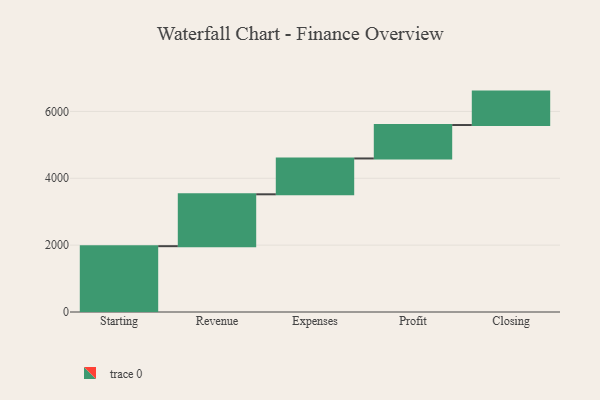
{"axis": {"x": "Step", "y": "Value"}, "legend": [""], "data": [{"x": "Starting", "y": 1969.0, "type": ""}, {"x": "Revenue", "y": 1552.0, "type": ""}, {"x": "Expenses", "y": 1072.0, "type": ""}, {"x": "Profit", "y": 1000, "type": ""}, {"x": "Closing", "y": 1000, "type": ""}]}